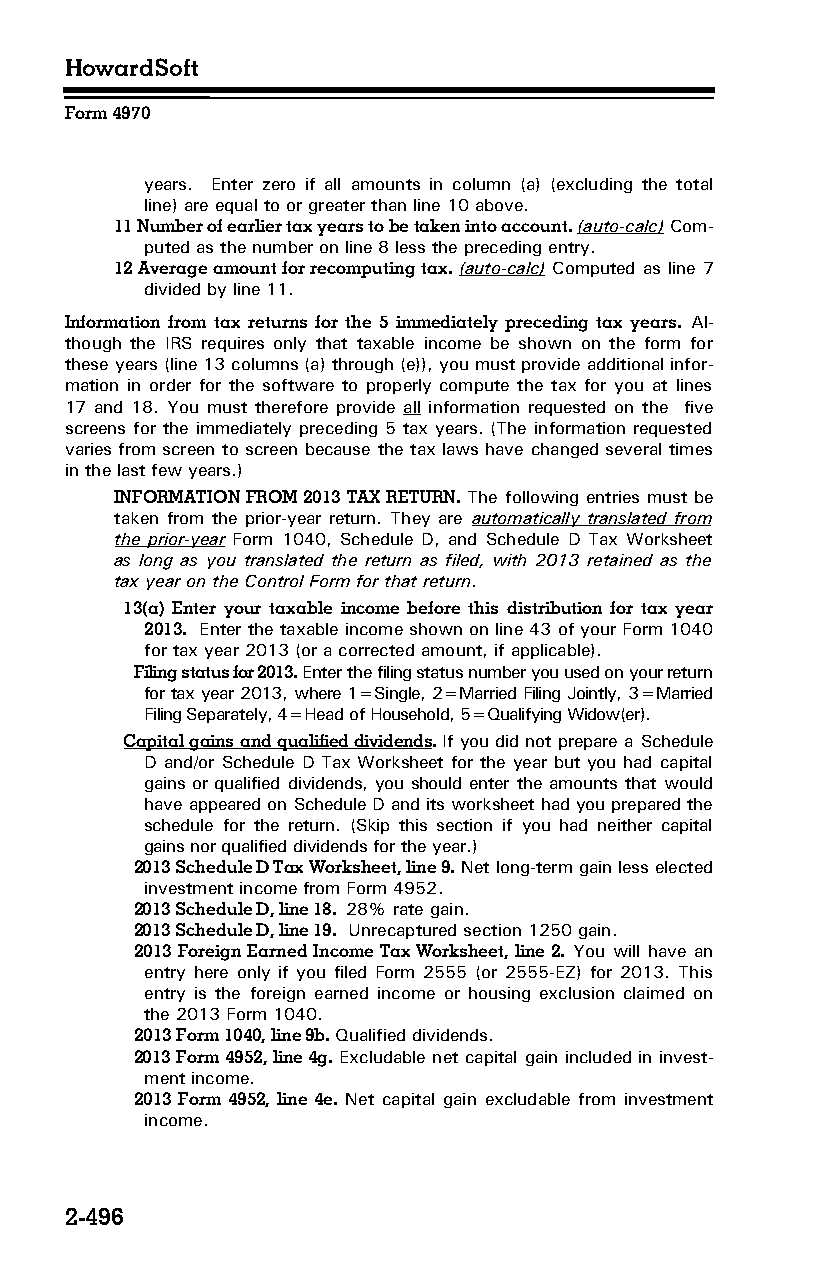
HowardSoft
 Form 4970
 years. Enter zero if all amounts in column (a) (excluding the total
 line) are equal to or greater than line 10 above.
 11 Number of earlier tax years to be taken into account. (auto-calc) Com­
 puted as the number on line 8 less the preceding entry.
 12 Average amount for recomputing tax. (auto-calc) Computed as line 7
 divided by line 11.
 Information from tax returns for the 5 immediately preceding tax years. Al­
 though the IRS requires only that taxable income be shown on the form for
 these years (line 13 columns (a) through (e)), you must provide additional infor­
 mation in order for the software to properly compute the tax for you at lines
 17 and 18. You must therefore provide all information requested on the five
 screens for the immediately preceding 5 tax years. (The information requested
 varies from screen to screen because the tax laws have changed several times
 in the last few years.)
 INFORMATION FROM 2013 TAX RETURN. The following entries must be
 taken from the prior-year return. They are automatically translated from
 the prior-year Form 1040, Schedule D, and Schedule D Tax Worksheet
 as long as you translated the return as filed, with 2013 retained as the
 tax year on the Control Form for that return.
 13(a) Enter your taxable income before this distribution for tax year
 2013. Enter the taxable income shown on line 43 of your Form 1040
 for tax year 2013 (or a corrected amount, if applicable).
 Filing status for 2013. Enter the filing status number you used on your return
 for tax year 2013, where 1=Single, 2=Married Filing Jointly, 3=Married
 Filing Separately, 4=Head of Household, 5=Qualifying Widow(er).
 Capital gains and qualified dividends. If you did not prepare a Schedule
 D and/or Schedule D Tax Worksheet for the year but you had capital
 gains or qualified dividends, you should enter the amounts that would
 have appeared on Schedule D and its worksheet had you prepared the
 schedule for the return. (Skip this section if you had neither capital
 gains nor qualified dividends for the year.)
 2013 Schedule D Tax Worksheet, line 9. Net long-term gain less elected
 investment income from Form 4952.
 2013 Schedule D, line 18. 28% rate gain.
 2013 Schedule D, line 19. Unrecaptured section 1250 gain.
 2013 Foreign Earned Income Tax Worksheet, line 2. You will have an
 entry here only if you filed Form 2555 (or 2555-EZ) for 2013. This
 entry is the foreign earned income or housing exclusion claimed on
 the 2013 Form 1040.
 2013 Form 1040, line 9b. Qualified dividends.
 2013 Form 4952, line 4g. Excludable net capital gain included in invest­
 ment income.
 2013 Form 4952, line 4e. Net capital gain excludable from investment
 income.
 2-496